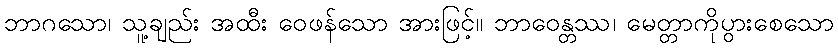
ဘာဂသော၊ သူ့ချည်း အထီး ဝေဖန်သော အားဖြင့်။ ဘာဝေန္တဿ၊ မေတ္တာကိုပွားစေသော